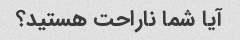
آیا شما ناراحت هستید؟